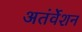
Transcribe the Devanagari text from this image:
अतंर्वेशन